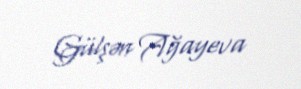
Gülşən Ağayeva